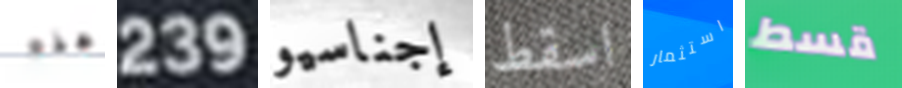
هذه 239 إجناسيو اسقط استثمار قسط